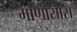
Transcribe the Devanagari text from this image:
माणासास